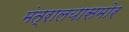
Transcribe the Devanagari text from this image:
मंत्रालयासमोर